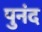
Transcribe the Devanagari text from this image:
पुनंद